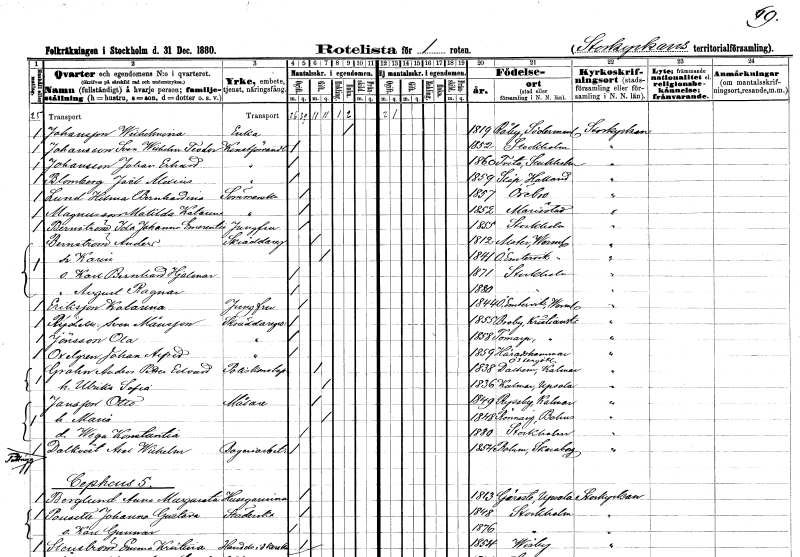
gt_parse: households: individuals: FN: Wilhelmina
EN: Johansson
YRKE: Änka
KON: K
CIV: E
FODAR: 1819
FODFORS: Råby Södermanlands län
FN: Sven Wilhelm Teodor
EN: Johansson
YRKE: Konstförvandt
KON: M
CIV: O
FODAR: 1852
FODFORS: Stockholm
FN: Johan Erhard
EN: Johansson
YRKE: Konstförvandt
KON: M
CIV: O
FODAR: 1860
FODFORS: Tveta Stockholms län
FN: Joël Alexius
EN: Blomberg
YRKE: Konstförvandt
KON: M
CIV: O
FODAR: 1859
FODFORS: Släp Hallands län
FN: Hilma Bernhardina
EN: Lund
YRKE: Sömmerska
KON: K
CIV: O
FODAR: 1857
FODFORS: Örebro Örebro län
FN: Matilda Katarina
EN: Magnusson
YRKE: Sömmerska
KON: K
CIV: O
FODAR: 1852
FODFORS: Mariestad Skaraborgs län
FN: Ida Johanna Emerentia
EN: Bernström
YRKE: Jungfru
KON: K
CIV: O
FODAR: 1855
FODFORS: Stockholm
FN: Anders
EN: Bernström
YRKE: Skräddaregesäll
KON: M
CIV: G
FODAR: 1812
FODFORS: Alster Värmlands län
FN: Karin
KON: K
CIV: G
FODAR: 1841
FODFORS: Östra Ämtervik Värmlands län
FN: Karl Bernhard Hjalmar
KON: M
CIV: O
FODAR: 1871
FODFORS: Stockholm
FN: August Ragnar
KON: M
CIV: O
FODAR: 1880
FODFORS: Stockholm
FN: Katarina
EN: Eriksson
YRKE: Jungfru
KON: K
CIV: O
FODAR: 1844
FODFORS: Östra Ämtervik Värmlands län
FN: Sven
EN: Rydell Månsson
YRKE: Skräddaregesäll
KON: M
CIV: O
FODAR: 1855
FODFORS: Broby Kristianstads län
FN: Ola
EN: Göransson
YRKE: Skräddaregesäll
KON: M
CIV: O
FODAR: 1858
FODFORS: Kvidinge Kristianstads län
FN: Johan Alfred
EN: Oxelgren
YRKE: Skräddaregesäll
KON: M
CIV: O
FODAR: 1859
FODFORS: Häradshammar Östergötlands län
FN: Petter Edvard
EN: Grahn
YRKE: Poliskonstapel
KON: M
CIV: G
FODAR: 1838
FODFORS: Dalhem Kalmar län
FN: Ulrika Sofia
KON: K
CIV: G
FODAR: 1836
FODFORS: Kalmar Uppsala län
FN: Otto
EN: Jansson
YRKE: Målare
KON: M
CIV: G
FODAR: 1849
FODFORS: Ryssby Kalmar län
FN: Maria
KON: K
CIV: G
FODAR: 1848
FODFORS: Rönnäng Göteborgs- och Bohuslän
FN: Wega Konstantia
KON: K
CIV: O
FODAR: 1880
FODFORS: Stockholm
FN: Axel Wilhelm
EN: Dalkvist
YRKE: Bageriarbetare
KON: M
CIV: O
FODAR: 1854
FODFORS: Bolum Skaraborgs län
FN: Anna Margareta
EN: Berglund
YRKE: Husägarinna
KON: K
CIV: O
FODAR: 1813
FODFORS: Giresta Uppsala län